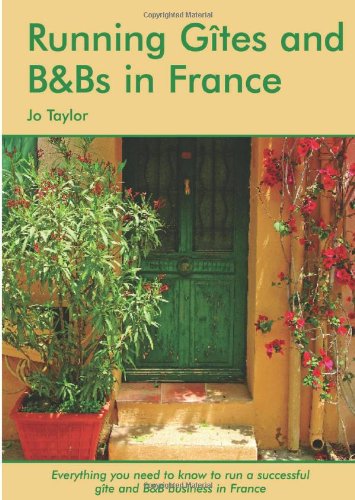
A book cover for Running Gites and B&Bs in France: The Essential Guide to a Successful Business; Jo Taylor; Travel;